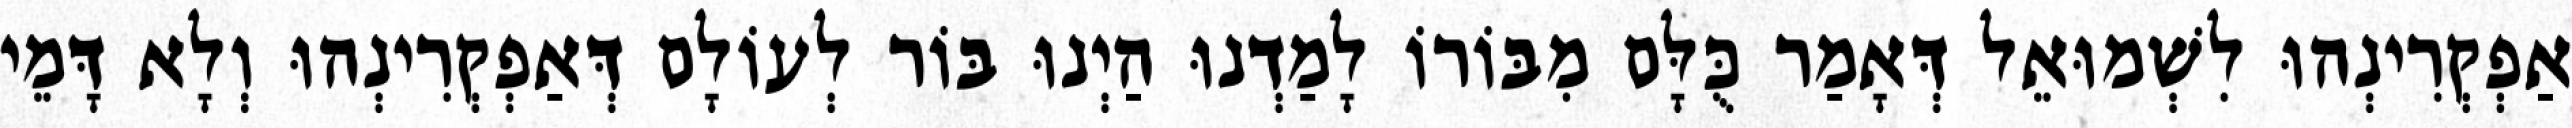
אַפְקְרִינְהוּ לִשְׁמוּאֵל דְּאָמַר כֻּלָּם מִבּוֹרוֹ לָמַדְנוּ הַיְנוּ בּוֹר לְעוֹלָם דְּאַפְקְרִינְהוּ וְלָא דָּמֵי